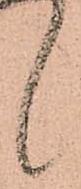
候